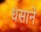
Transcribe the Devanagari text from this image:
धसाने